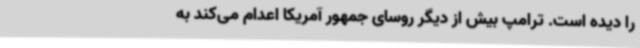
را دیده است. ترامپ بیش از دیگر روسای جمهور آمریکا اعدام می‌کند به